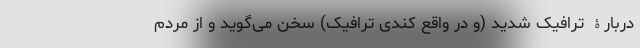
دربارۀ ترافیک شدید (و در واقع کُندی ترافیک) سخن می‌گوید و از مردم